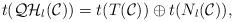
LaTeX: \begin{align*}t({\cal QH}_l({\cal C}))=t(T({\cal C})) \oplus t(N_l({\cal C})),\end{align*}